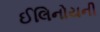
ઈલિનોયની